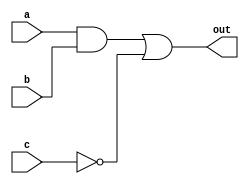
module SimpleCombinationalLogic (
    input wire a,           // First input
    input wire b,           // Second input
    input wire c,           // Third input
    output wire out         // Output signal
);

// Continuous assignment for output 'out' based on inputs 'a', 'b', and 'c'
assign out = (a & b) | (~c);  // Logical AND of 'a' and 'b', OR with NOT of 'c'

endmodule